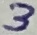
Text: 3